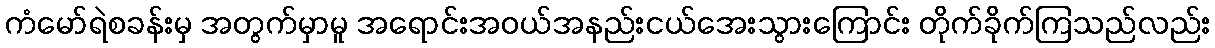
ကံမော်ရဲစခန်းမှ အတွက်မှာမူ အရောင်းအဝယ်အနည်းငယ်အေးသွားကြောင်း တိုက်ခိုက်ကြသည်လည်း